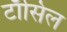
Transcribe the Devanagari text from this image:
टाँसिल